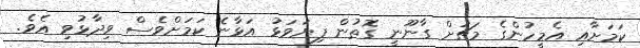
ކަމަށާއި އެމީހުންގެ މަޗަށް ގާނޫނީ ގޮތުން ފިޔަވަޅު އަޅާނެ ކަމަށްވެސް ވިދާޅުވި އެވެ.